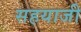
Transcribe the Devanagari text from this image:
सहयाजी